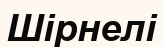
Шірнелі